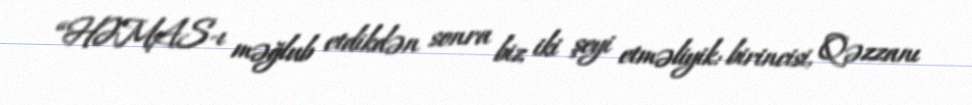
“HƏMAS-ı məğlub etdikdən sonra biz iki şeyi etməliyik: birincisi, Qəzzanı